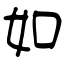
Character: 如